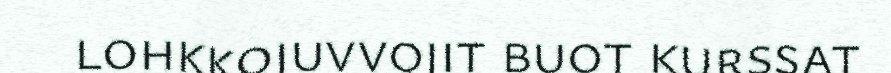
lohkkojuvvojit buot kurssat